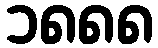
၁၈၈၈